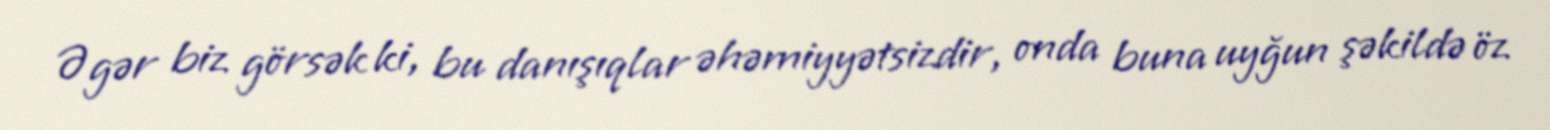
Əgər biz görsək ki, bu danışıqlar əhəmiyyətsizdir, onda buna uyğun şəkildə öz